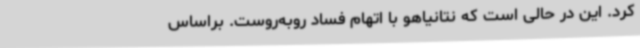
کرد. این در حالی است که نتانیاهو با اتهام فساد روبه‌روست. براساس